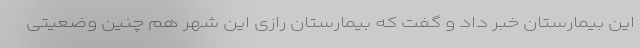
این بیمارستان خبر داد و گفت که بیمارستان رازی این شهر هم چنین وضعیتی